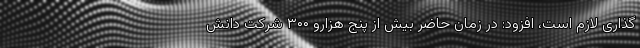
گذاری لازم است، افزود: در زمان حاضر بیش از پنج هزارو ۳۰۰ شرکت دانش